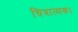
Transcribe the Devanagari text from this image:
चित्रात्मक।